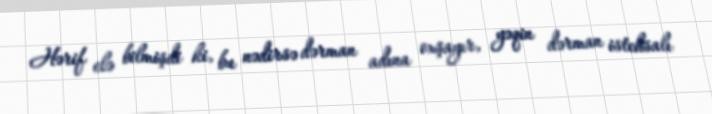
Hərif elə bilmişdi ki, bu nədirsə dərman adına oxşayır, yəqin dərman istehsalı